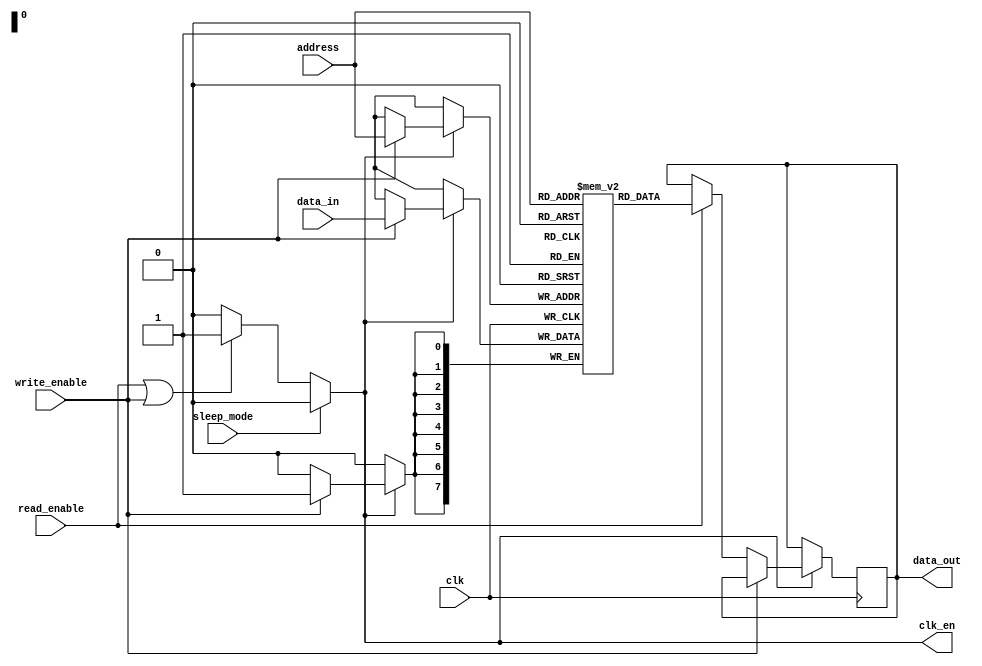
module MemoryBlock (
    input wire clk,           // Main clock signal
    input wire read_enable,   // Read enable signal
    input wire write_enable,  // Write enable signal
    input wire sleep_mode,    // Sleep mode signal
    input wire [7:0] address, // 8-bit address bus
    input wire [7:0] data_in, // Data input for write operations
    output reg [7:0] data_out, // Data output for read operations
    output reg clk_en         // Clock enable signal for memory array
);

    // Memory array declaration (256 x 8-bit SRAM)
    reg [7:0] memory_array [0:255];

    // Clock gating logic
    always @(*) begin
        // Determine clock enable signal
        if (sleep_mode) begin
            clk_en = 1'b0; // Disable clock in sleep mode
        end else if (read_enable || write_enable) begin
            clk_en = 1'b1; // Enable clock during read/write operations
        end else begin
            clk_en = 1'b0; // Disable clock when idle
        end
    end

    // Memory operations
    always @(posedge clk) begin
        if (clk_en) begin
            if (write_enable) begin
                // Write operation
                memory_array[address] <= data_in;
            end else if (read_enable) begin
                // Read operation
                data_out <= memory_array[address];
            end
        end
    end

endmodule